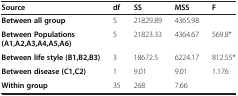
| Source | df | SS | MSS | F |
 | --- | --- | --- | --- | --- |
 | Between all group | 5 | 21829.89 | 4365.98 |  |
 | Between Populations (A1,A2,A3,A4,A5,A6) | 5 | 21823.33 | 4364.67 | 569.8* |
 | Between life style (B1,B2,B3) | 3 | 18672.5 | 6224.17 | 812.55* |
 | Between disease (C1,C2) | 1 | 9.01 | 9.01 | 1.176 |
 | Within group | 35 | 268 | 7.66 |  |